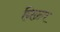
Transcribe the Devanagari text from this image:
निळ्य